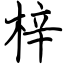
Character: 梓